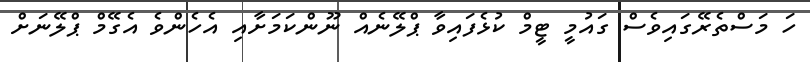
ހަ މަސްތެރޭގައިވެސް ގައުމީ ޓީމް ކުޅެފައިވާ ޕްލޭނެއް ނޫންކަމަށާއި އެހެންވެ އެގޭމް ޕްލޭނަށް